Annual report on the working of the mental hospitals in the Madras Presidency - 1912-1932
Year: 1912
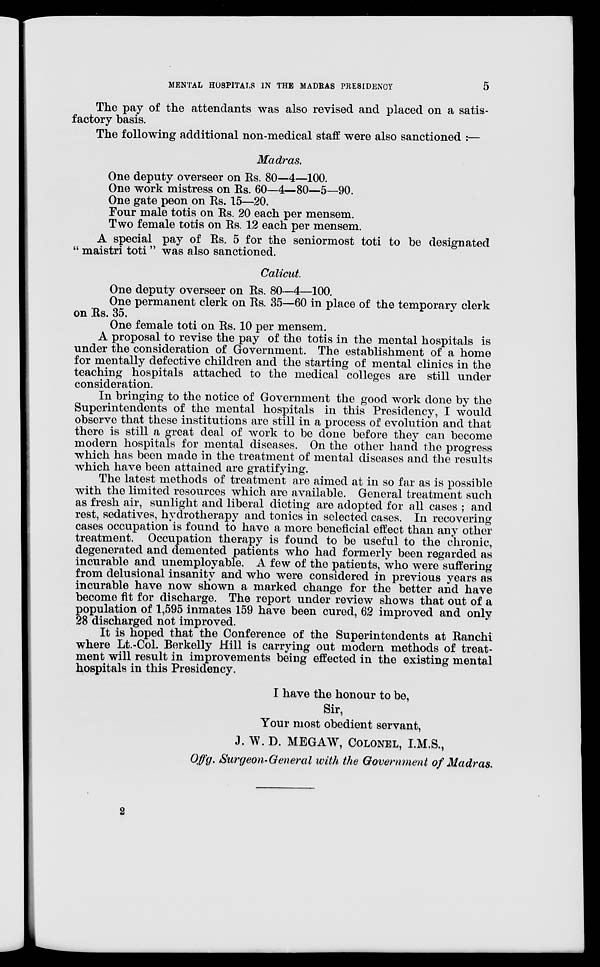
MENTAL HOSPITALS IN THE MADRAS PRESIDENCY
5
The pay of the attendants was also revised and placed on a satis-
factory basis.
The following additional non-medical staff were also sanctioned :—
Madras.
One deputy overseer on Rs. 80—4—100.
One work mistress on Rs. 60—4—80—5—90.
One gate peon on Rs. 15—20.
Four male totis on Rs. 20 each per mensem.
Two female totis on Rs. 12 each per mensem.
A special pay of Rs. 5 for the seniormost toti to be designated
" maistri toti " was also sanctioned.
Calicut.
One deputy overseer on Rs. 80—4—100.
One permanent clerk on Rs. 35—60 in place of the temporary clerk
on Rs. 35.
One female toti on Rs. 10 per mensem.
A proposal to revise the pay of the totis in the mental hospitals is
under the consideration of Government. The establishment of a home
for mentally defective children and the starting of mental clinics in the
teaching hospitals attached to the medical colleges are still under
consideration.
In bringing to the notice of Government the good work done by the
Superintendents of the mental hospitals in this Presidency, I would
observe that these institutions are still in a process of evolution and that
there is still a great deal of work to be done before they can become
modern hospitals for mental diseases. On the other hand the progress
which has been made in the treatment of mental diseases and the results
which have been attained are gratifying.
The latest methods of treatment are aimed at in so far as is possible
with the limited resources which are available. General treatment such
as fresh air, sunlight and liberal dieting are adopted for all cases ; and
rest, sedatives, hydrotherapy and tonics in selected cases. In recovering
cases occupation is found to have a more beneficial effect than any other
treatment. Occupation therapy is found to be useful to the chronic,
degenerated and demented patients who had formerly been regarded as
incurable and unemployable. A few of the patients, who were suffering
from delusional insanity and who were considered in previous years as
incurable have now shown a marked change for the better and have
become fit for discharge. The report under review shows that out of a
population of 1,595 inmates 159 have been cured, 62 improved and only
28 discharged not improved.
It is hoped that the Conference of the Superintendents at Ranchi
where Lt.-Col. Berkelly Hill is carrying out modern methods of treat-
ment will result in improvements being effected in the existing mental
hospitals in this Presidency.
I have the honour to be,
Sir,
Your most obedient servant,
J. W. D. MEGAW, COLONEL, I.M.S.,
Offg. Surgeon-General with the Government of Madras.
2